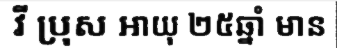
វី ប្រុស អាយុ ២៥ឆ្នាំ មាន